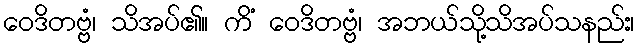
ဝေဒိတဗ္ဗံ၊ သိအပ်၏။ ကိံ ဝေဒိတဗ္ဗံ၊ အဘယ်သို့သိအပ်သနည်း၊